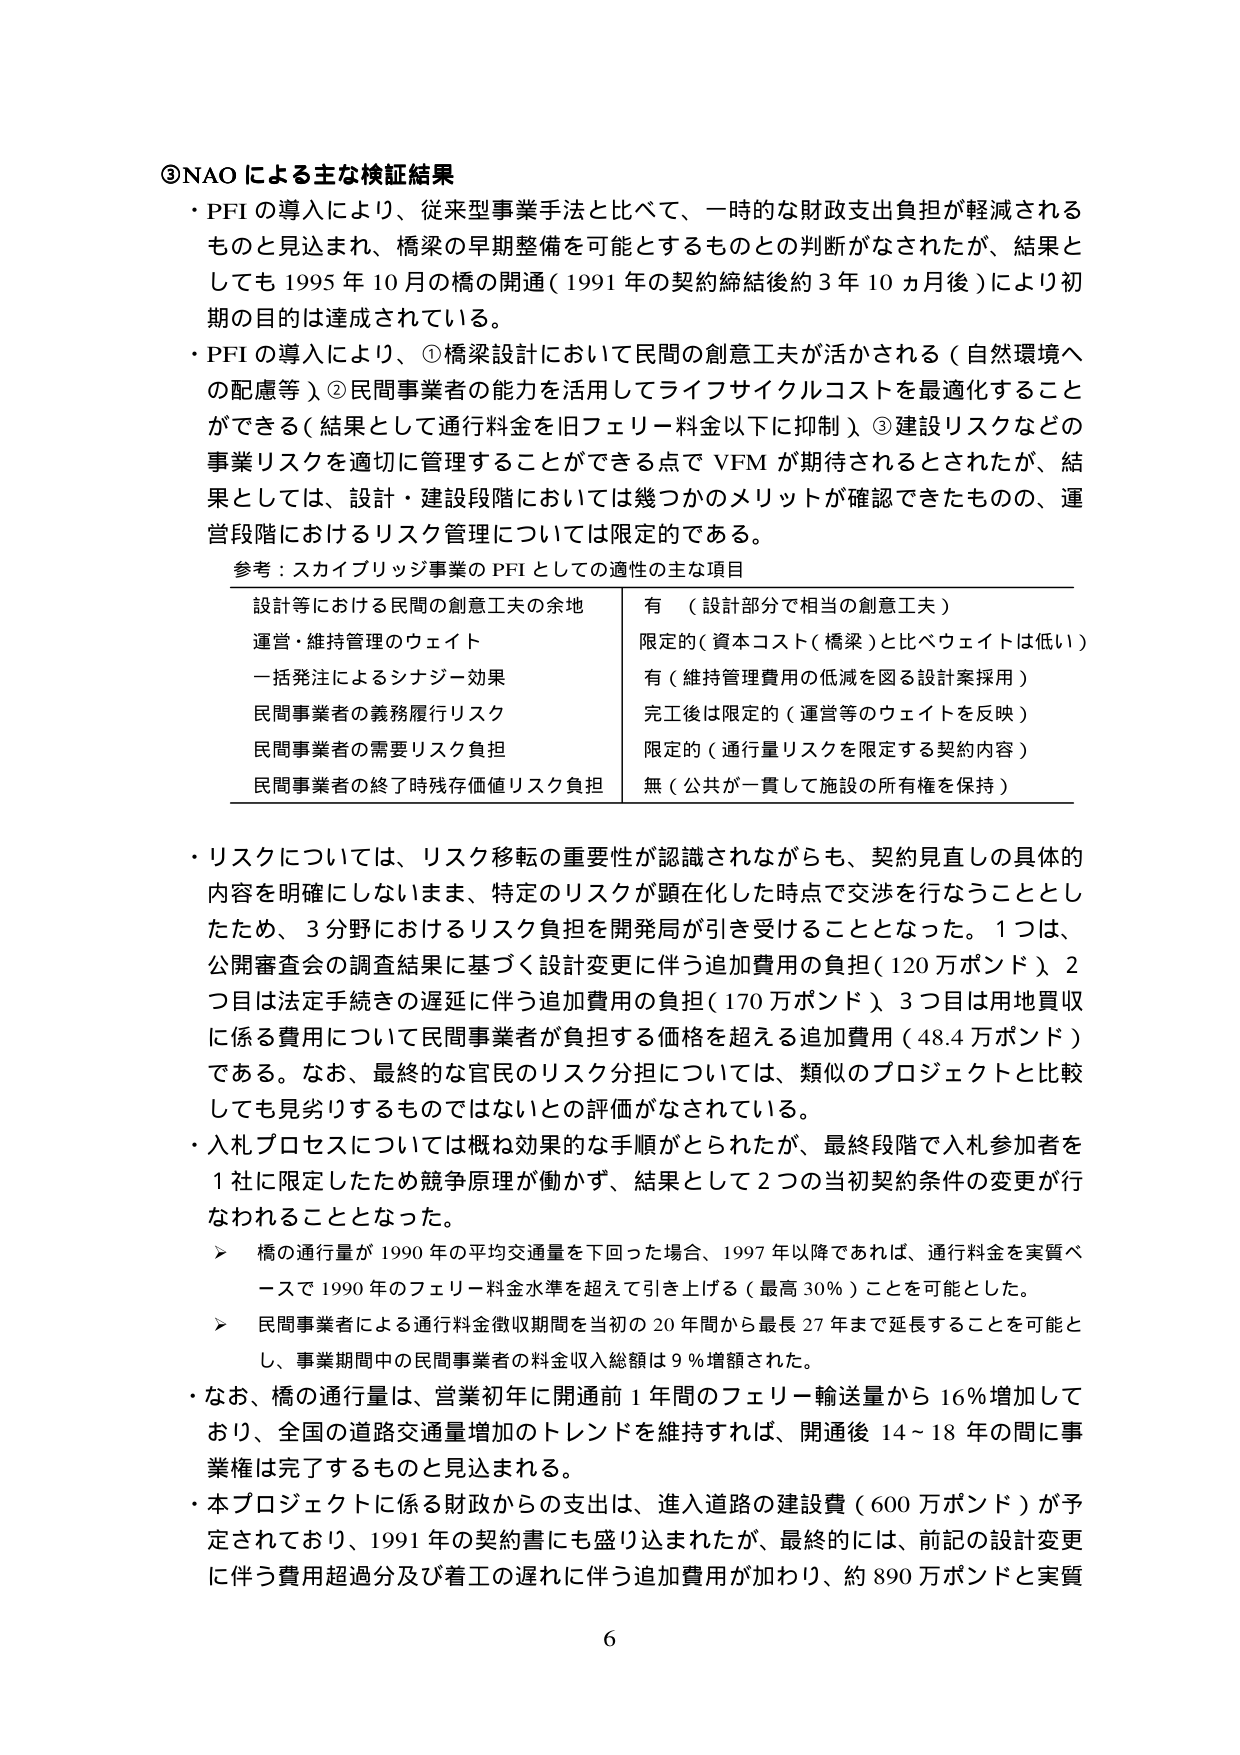
③NAO による主な検証結果
・PFI の導入により、従来型事業手法と比べて、一時的な財政支出負担が軽減されるものと見込まれ、橋梁の早期整備を可能とするものとの判断がなされたが、結果としても 1995 年 10 月の橋の開通（1991 年の契約締結後約 3 年 10 ヵ月後）により初期の目的は達成されている。
・PFI の導入により、①橋梁設計において民間の創意工夫が活かされる（自然環境への配慮等）、②民間事業者の能力を活用してライフサイクルコストを最適化することができる（結果として通行料金を旧フェリー料金以下に抑制）、③建設リスクなどの事業リスクを適切に管理することができる点で VFM が期待されるとされたが、結果としては、設計・建設段階においては幾つかのメリットが確認できたものの、運営段階におけるリスク管理については限定的である。

参考：スカイブリッジ事業の PFI としての適性の主な項目

設計等における民間の創意工夫の余地　　有　（設計部分で相当の創意工夫）
運営・維持管理のウェイト　　　　　　　　限定的（資本コスト（橋梁）と比べウェイトは低い）
一括発注によるシナジー効果　　　　　　　有（維持管理費用の低減を図る設計案採用）
民間事業者の義務履行リスク　　　　　　　完工後は限定的（運営等のウェイトを反映）
民間事業者の需要リスク負担　　　　　　　限定的（通行量リスクを限定する契約内容）
民間事業者の終了時残存価値リスク負担　　無（公共が一貫して施設の所有権を保持）

・リスクについては、リスク移転の重要性が認識されながらも、契約見直しの具体的内容を明確にしないまま、特定のリスクが顕在化した時点で交渉を行なうこととしたため、3 分野におけるリスク負担を開発局が引き受けることとなった。1 つは、公開審査会の調査結果に基づく設計変更に伴う追加費用の負担（120 万ポンド）、2 つ目は法定手続きの遅延に伴う追加費用の負担（170 万ポンド）、3 つ目は用地買収に係る費用について民間事業者が負担する価格を超える追加費用（48.4 万ポンド）である。なお、最終的な官民のリスク分担については、類似のプロジェクトと比較しても見劣りするものではないとの評価がなされている。
・入札プロセスについては概ね効果的な手順がとられたが、最終段階で入札参加者を 1 社に限定したため競争原理が働かず、結果として 2 つの当初契約条件の変更が行なわれることとなった。
　➤　橋の通行量が 1990 年の平均交通量を下回った場合、1997 年以降であれば、通行料金を実質ベースで 1990 年のフェリー料金水準を超えて引き上げる（最高 30％）ことを可能とした。
　➤　民間事業者による通行料金徴収期間を当初の 20 年間から最長 27 年まで延長することを可能とし、事業期間中の民間事業者の料金収入総額は 9％増額された。
・なお、橋の通行量は、営業初年に開通前 1 年間のフェリー輸送量から 16％増加しており、全国の道路交通量増加のトレンドを維持すれば、開通後 14～18 年の間に事業権は完了するものと見込まれる。
・本プロジェクトに係る財政からの支出は、進入道路の建設費（600 万ポンド）が予定されており、1991 年の契約書にも盛り込まれたが、最終的には、前記の設計変更に伴う費用超過分及び着工の遅れに伴う追加費用が加わり、約 890 万ポンドと実質

6